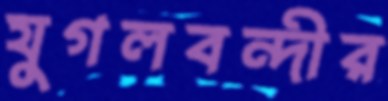
যুগলবন্দীর